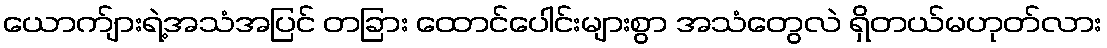
ယောက်ျားရဲ့အသံအပြင် တခြား ထောင်ပေါင်းများစွာ အသံတွေလဲ ရှိတယ်မဟုတ်လား